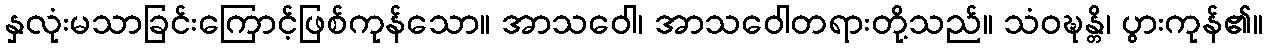
နှလုံးမသာခြင်းကြောင့်ဖြစ်ကုန်သော။ အာသဝေါ၊ အာသဝေါတရားတို့သည်။ သံဝဍ္ဎန္တိ၊ ပွားကုန်၏။